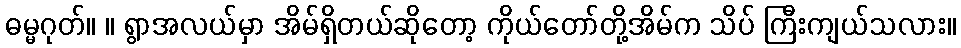
ဓမ္မဂုတ်။ ။ ရွာအလယ်မှာ အိမ်ရှိတယ်ဆိုတော့ ကိုယ်တော်တို့အိမ်က သိပ် ကြီးကျယ်သလား။